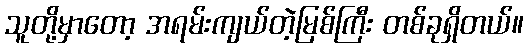
သူတို့မှာတော့ အရမ်းကျယ်တဲ့မြစ်ကြီး တစ်ခုရှိတယ်။